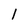
Character: I